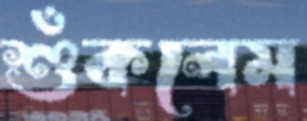
শুঁকলেম